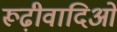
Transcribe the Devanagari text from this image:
रूढ़ीवादिओं